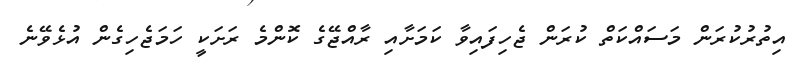
އިތުރުކުރަން މަސައްކަތް ކުރަން ޖެހިފައިވާ ކަމަށާއި ރާއްޖޭގެ ކޮންމެ ރަށަކީ ހަމަޖެހިގެން އުޅެވޭނެ